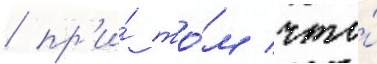
/ пр'и́ то́м что́